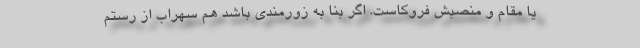
یا مقام و منصبش فروکاست. اگر بنا به زورمندی باشد هم سهراب از رستم